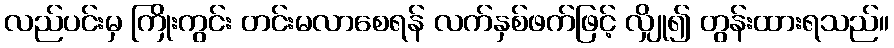
လည်ပင်းမှ ကြိုးကွင်း တင်းမလာစေရန် လက်နှစ်ဖက်ဖြင့် လျှို၍ တွန်းထားရသည်။